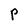
Character: P